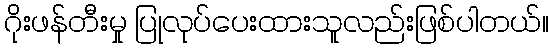
ဂိုးဖန်တီးမှု ပြုလုပ်ပေးထားသူလည်းဖြစ်ပါတယ်။